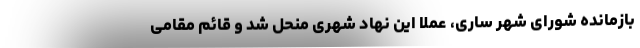
بازمانده شورای شهر ساری، عملاً این نهاد شهری منحل شد و قائم مقامی